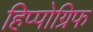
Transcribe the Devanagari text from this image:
हिप्पोग्रिफ